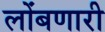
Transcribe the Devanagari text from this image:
लोंबणारी